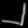
Digit: ၂